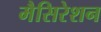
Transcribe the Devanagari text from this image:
मैसिरेशन